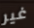
غير